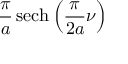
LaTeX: { \frac { \pi } { a } } \operatorname { s e c h } \left( { \frac { \pi } { 2 a } } \nu \right)